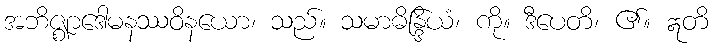
အဘိဇ္ဈာဒေါမနဿဝိနယော၊ သည်။ သမာဓိန္ဒြိယံ၊ ကို။ ဒီပေတိ၊ ၏။ ဣတိ